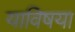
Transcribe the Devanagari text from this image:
याविषया